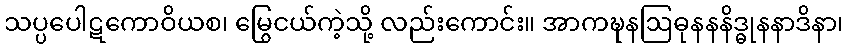
သပ္ပပေါဋကောဝိယစ၊ မြွေငယ်ကဲ့သို့ လည်းကောင်း။ အာကဍ္ဎနဩဓုနနနိဒ္ဓုနနာဒိနာ၊